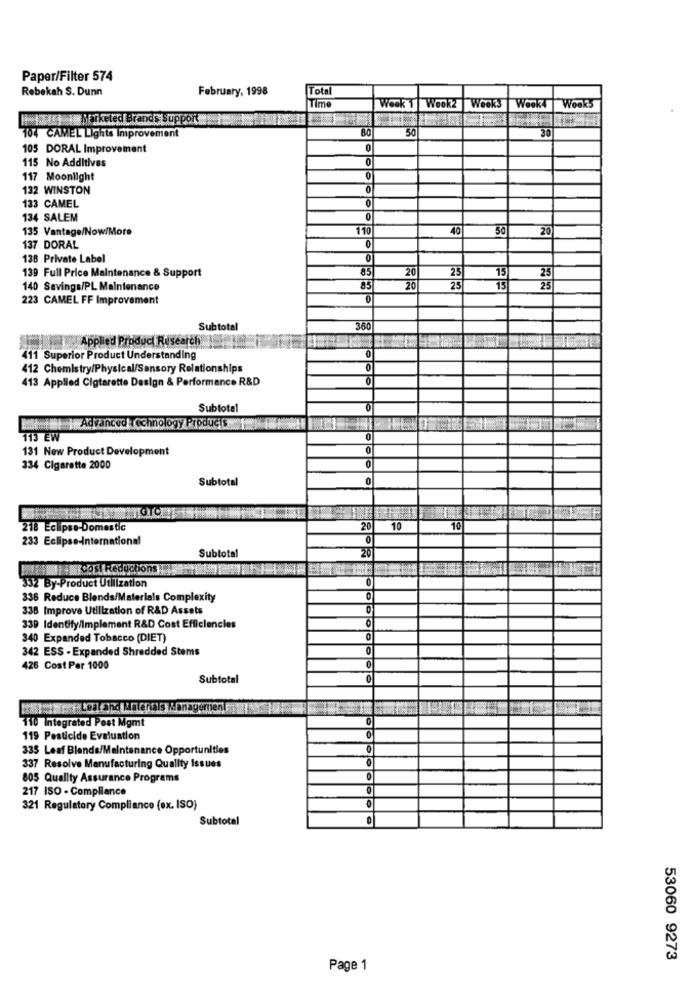
Paper/Filter 574
Rebekah S. Dunn
February, 1998
Tota
Time
Week 1 Wook2
Week'S
Wook4 Wook5
Hi tit MEiketed Brands Support
80
50
30
104 CAMEL Lights Improvement
105 DORAL Improvement
0
0
115 No Additives
117 Moonlight
132 WINSTON
0
133 CAMEL
0
134 SALEM
135 Vantage/Now/More
110
50
20
137 DORAL
0
138 Private Label
139 Full Price Maintenance & Support
85
25
15
25
20
140 Savings/PL Maintenance
85
20
25
15
25
223 CAMEL FF Improvement
0
Subtotal
360
Applied Product Research
0
411 Superior Product Understanding
412 Chemistry/Physical/Sensory Relationships
0
413 Applied Cigarette Design & Performance R&D
Subtotal
0
# |Advancedtechnology Products
113 EW
0
131 New Product Development
0
334 Cigarette 2000
Subtotal
0
218 Eclipse-Domestic
20
10
10
233 Eclipse-International
Subtotal
20
ECOS ReductionsH
332 By-Product Utilization
336 Reduce Blends/Materials Complexity
338 Improve Utilization of R&D Assets
339 Identify/Implement R&D Cost Efficiencies
340 Expanded Tobacco (DIET)
342 ESS - Expanded Shredded Stems
426 Cost Per 1000
Subtotal
110 Integrated Pest Mgmt
119 Pesticide Evaluation
0
335 Leaf Blende/Maintenance Opportunities
337 Resolve Manufacturing Quality issues
805 Quality Assurance Programs
217 ISO - Compliance
321 Regulatory Compliance (ex. ISO)
Subtotal
0
53060 9273
Page 1